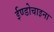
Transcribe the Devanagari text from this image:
ईण्डोचाइना